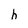
Character: h